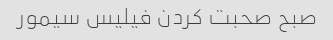
صبح صحبت کردن فیلیس سیمور